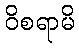
ဝိစရာမိ